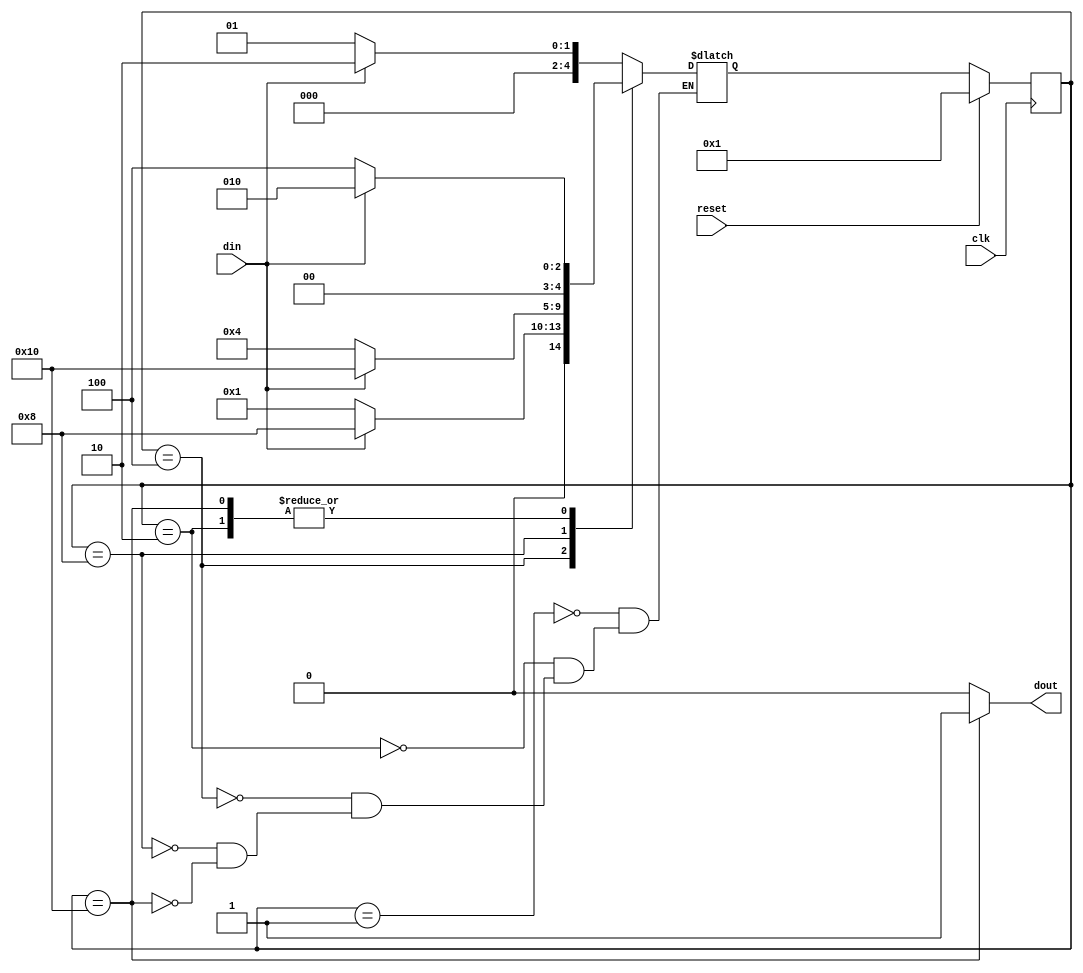
//SEQUENCE DETECTOR(1011) FSM CODING STYLE #1
module sequence(clk, reset, din, dout);

input clk, reset, din;
output dout;

parameter IDLE = 5'b00001,
          S1 = 5'b00010,
          S2 = 5'b00100,
          S3 = 5'b01000,
          S4 = 5'b10000;
          
reg [4:0]next_state, state;

//PRESENT STATE LOGIC (SEQUENTIAL)
always@(posedge clk) begin

if(reset)
state<= IDLE;
else
state<= next_state;

end

always@(*) begin
case(state)

IDLE: begin
      if(din==1)
      next_state = S1;
      else
      next_state = IDLE;
      end
      
S1:   begin
      if(din==0)
      next_state = S2;
      else
      next_state = S1;
      end
      
S2:   begin
      if(din==1)
      next_state = S3;
      else
      next_state = IDLE;
      end
      
S3:   begin
      if(din==1)
      next_state = S4;
      else
      next_state = S2;
      end
      
S4:   begin
      if(din==1)
      next_state = S1;
      else
      next_state = S2;
      end

      
endcase

end

assign dout = (state==S4) ? 1:0;

endmodule